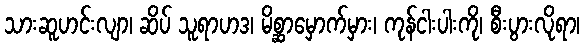
သားဆူဟင်းလျာ၊ ဆိပ် သူရာဟဒ၊ မိစ္ဆာမှောက်မှား၊ ကုန်ငါးပါးကို၊ စီးပွားလိုရာ၊